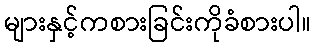
များနှင့်ကစားခြင်းကိုခံစားပါ။